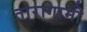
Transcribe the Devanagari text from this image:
तारागामी